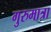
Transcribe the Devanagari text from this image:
गुरुमात्रा